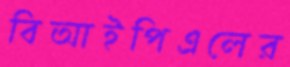
বিআইপিএলের